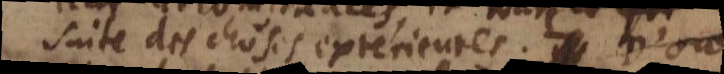
suite des choses exterieures. Il